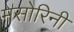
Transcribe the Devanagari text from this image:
मसोरिनी